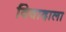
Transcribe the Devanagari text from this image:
विवादाला